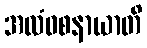
အလံဝစနာယာတိ